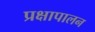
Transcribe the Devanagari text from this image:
प्रक्षापालन